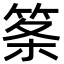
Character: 筿